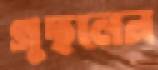
গুছলেন